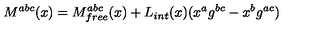
M ^ { a b c } ( x ) = M _ { f r e e } ^ { a b c } ( x ) + L _ { i n t } ( x ) ( x ^ { a } g ^ { b c } - x ^ { b } g ^ { a c } )